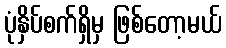
ပုံနှိပ်စက်ရှိမှ ဖြစ်တော့မယ်